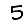
Digit: 5